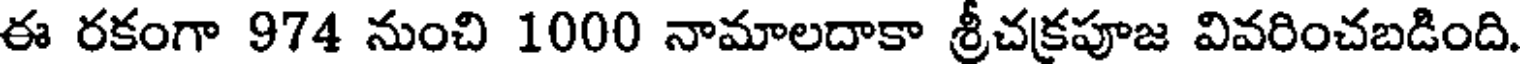
ఈ రకంగా 974 నుంచి 1000 నామాలదాకా శ్రీచక్రపూజ వివరించబడింది